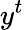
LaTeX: y^{t}